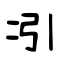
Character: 丬